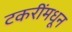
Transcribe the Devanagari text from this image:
टकरींमधून